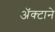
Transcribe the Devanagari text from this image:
अॅक्टाने